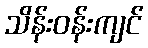
သိန်းဝန်းကျင်